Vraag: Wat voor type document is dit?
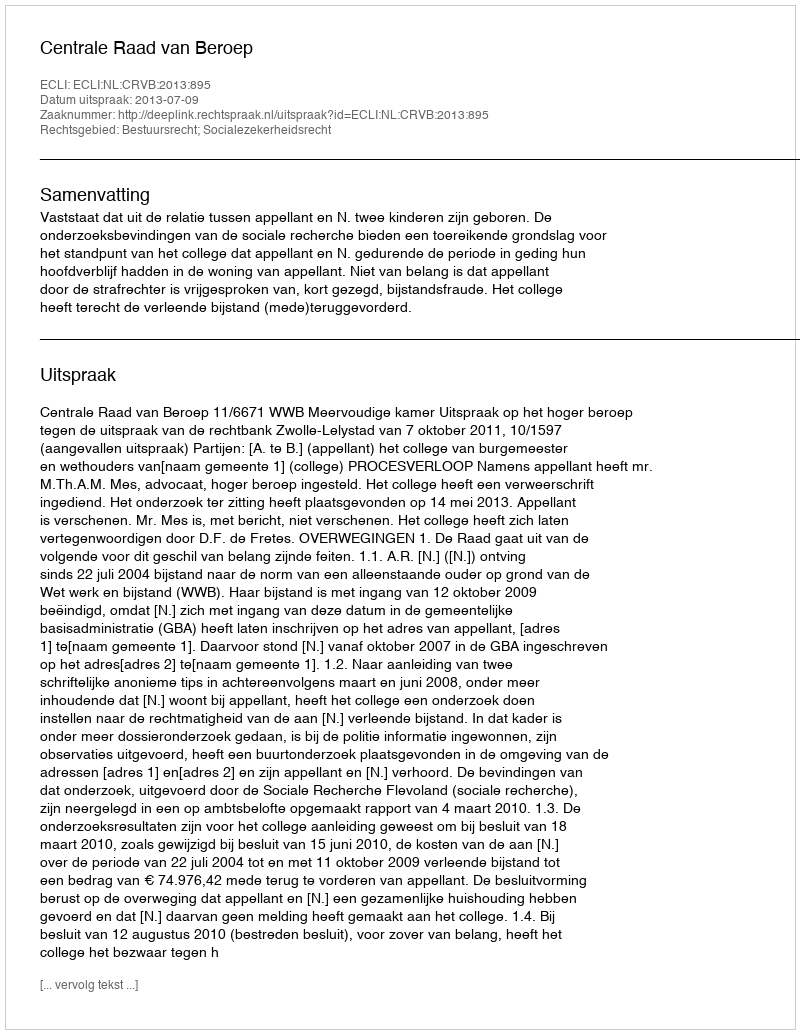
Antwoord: Uitspraak